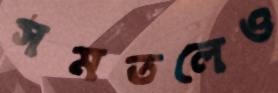
সমতলেও